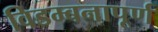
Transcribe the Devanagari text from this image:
विडम्बनापूर्ण